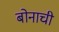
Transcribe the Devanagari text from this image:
बोनाची